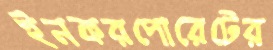
ইনকরপোরেটের